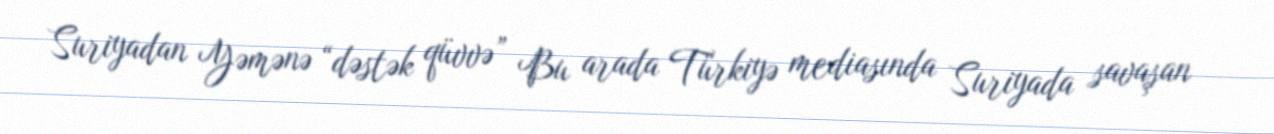
Suriyadan Yəmənə “dəstək qüvvə” Bu arada Türkiyə mediasında Suriyada savaşan